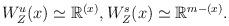
LaTeX: \begin{align*}\begin{aligned}W_{Z}^{u}(x)\simeq\mathbb{R}^{(x)},W_{Z}^{s}(x)\simeq\mathbb{R}^{m-(x)}.\end{aligned}\end{align*}